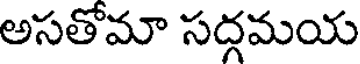
అసతోమా సద్గమయ